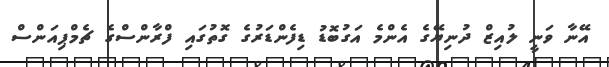
އޭނާ ވަނީ ލުއިޒް ދުނިޔޭގެ އެންމެ އަގުބޮޑު ޑިފެންޑަރުގެ ގޮތުގައި ފްރާންސްގެ ޗެމްޕިއަންސް